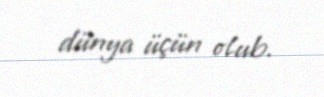
dünya üçün olub.